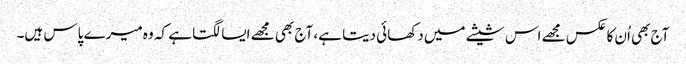
آج بھی اُن کا عکس مجھے اس شیشے میں دکھائی دیتا ہے، آج بھی مجھے ایسا لگتا ہے کہ وہ میرے پاس ہیں۔